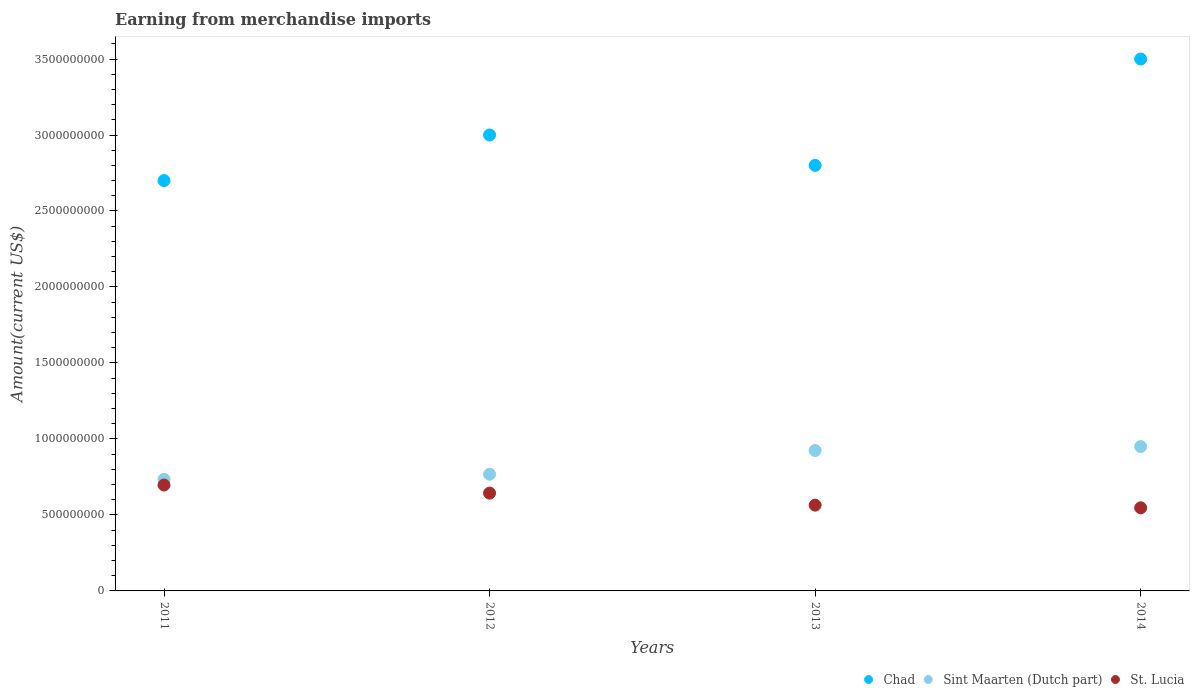
| Years | Chad | Sint Maarten (Dutch part) | St. Lucia |
 | --- | --- | --- | --- |
 | 2011 | 2.7e+09 | 7.34e+08 | 6.97e+08 |
 | 2012 | 3e+09 | 7.68e+08 | 6.44e+08 |
 | 2013 | 2.8e+09 | 9.24e+08 | 5.64e+08 |
 | 2014 | 3.5e+09 | 9.5e+08 | 5.47e+08 |